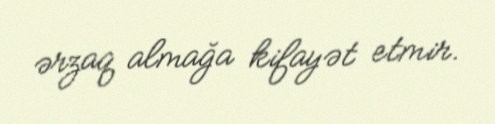
ərzaq almağa kifayət etmir.